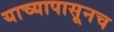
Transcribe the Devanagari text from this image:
याच्यापासूनच